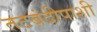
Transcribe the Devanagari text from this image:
तटबंदीपाशी